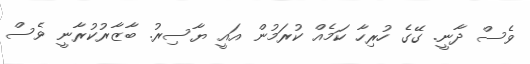
ވެސް ދާނީ. ގޭގެ ހުރިހާ ކަމެއް ކުރަމުން އައީ ޔާސިރު. ބާޒާރުކުރާނީ ވެސް